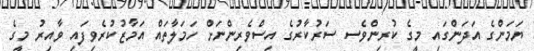
ޔަމަންގެ އަދަންގައި މީގެ ކުރިންވެސ ސަރުކާރުގެ އިސްވެރިންނަށް ހަމަލާތައް އަމާޒުކުރެވިފައި ވާއިރު މީގެ